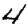
Digit: 4